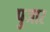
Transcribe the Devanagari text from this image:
पुजार